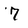
Character: 7